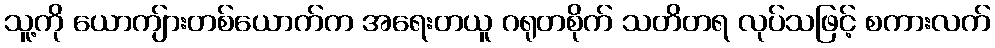
သူ့ကို ယောကျ်ားတစ်ယောက်က အရေးတယူ ဂရုတစိုက် သတိတရ လုပ်သဖြင့် စကားလက်